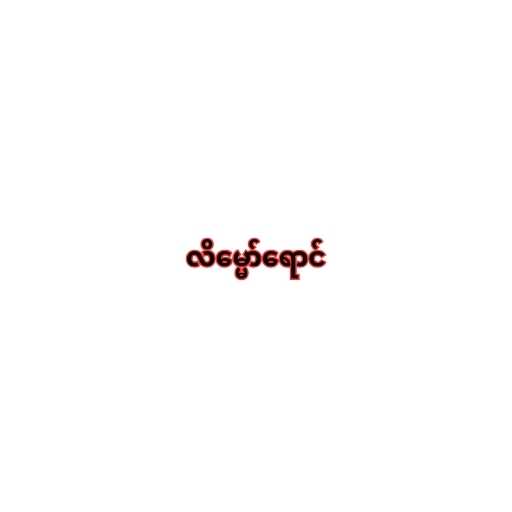
လိမ္မော်ရောင်